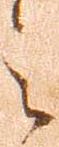
之